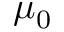
\mu _ { 0 }